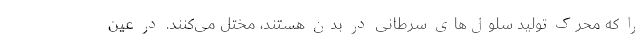
را که محرکِ تولید سلول‌های سرطانی در بدن هستند، مختل می‌کنند. در عین